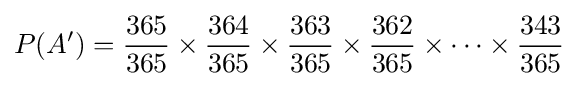
P(A')={\frac {365}{365}}\times {\frac {364}{365}}\times {\frac {363}{365}}\times {\frac {362}{365}}\times \cdots \times {\frac {343}{365}}